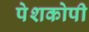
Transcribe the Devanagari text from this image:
पेशकोपी